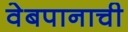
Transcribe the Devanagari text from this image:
वेबपानाची